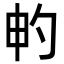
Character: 畃